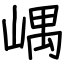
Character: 嵎